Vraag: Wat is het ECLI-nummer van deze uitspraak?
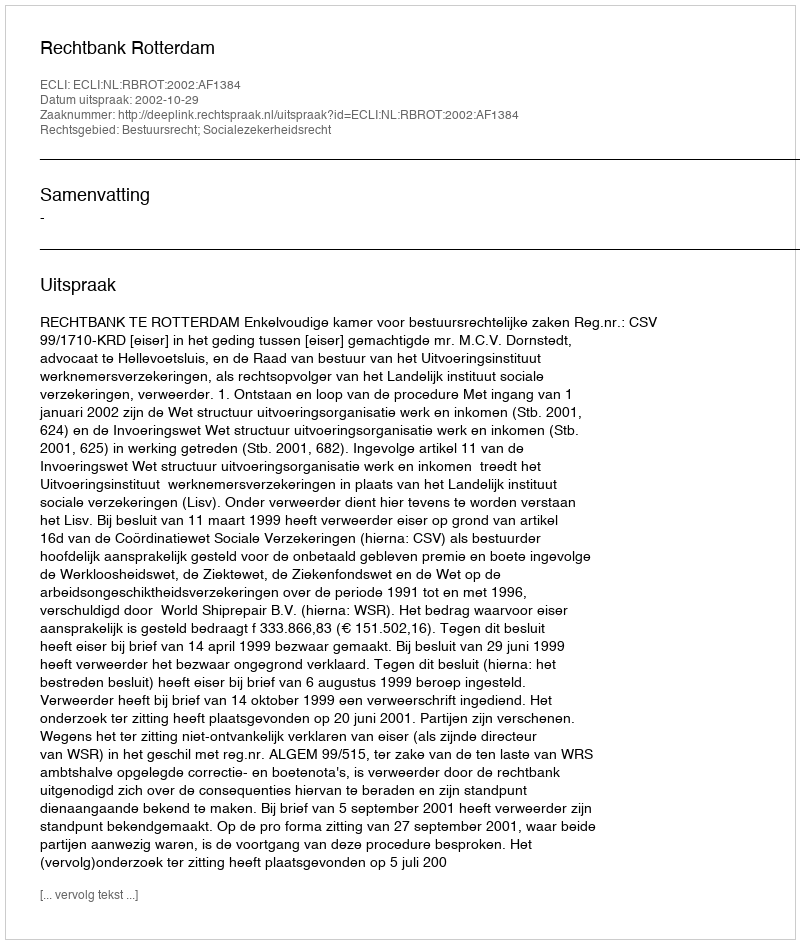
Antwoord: ECLI:NL:RBROT:2002:AF1384